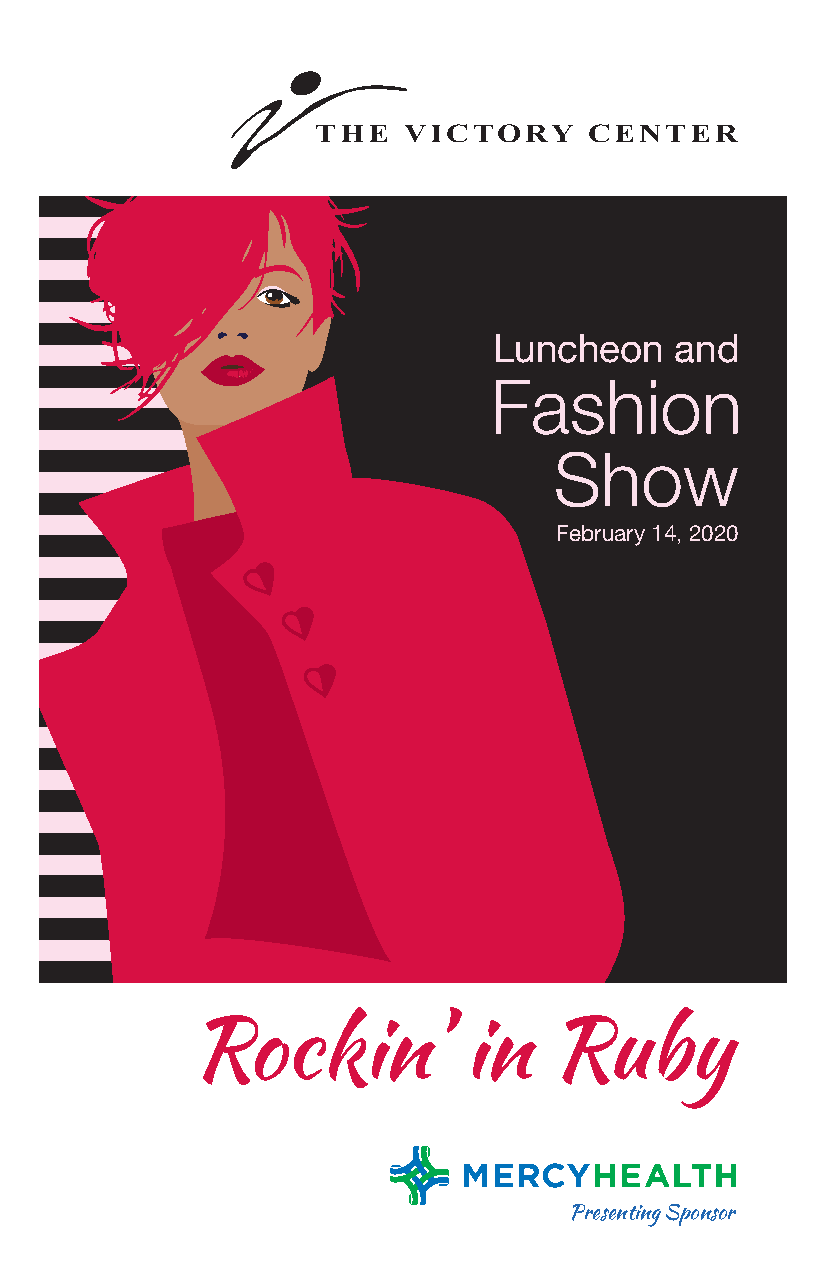
THE   VICTORY     CENTER
 Luncheon    and
 Fashion
 Show
 February 14, 2020
 Rockin’           in   Ruby
 Presenting Sponsor